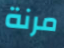
مرنة